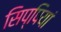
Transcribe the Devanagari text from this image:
सिप्पियां